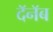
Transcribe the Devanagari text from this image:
दॅनॅब